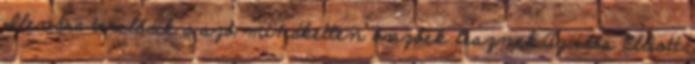
Ilenára terelődik a szó mindketten önzőek lesznek.Az idős Elliott